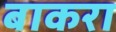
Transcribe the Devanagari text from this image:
बाकरा